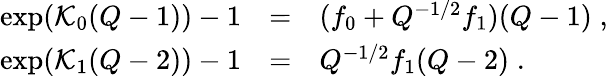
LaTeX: \begin{array}{rcl}{{\exp({\cal K}_{0}(Q-1))-1}}&{{=}}&{{(f_{0}+Q^{-1/2}f_{1})(Q-1)\; ,}}\\ {{\exp({\cal K}_{1}(Q-2))-1}}&{{=}}&{{Q^{-1/2}f_{1}(Q-2)\; .}}\end{array}